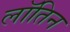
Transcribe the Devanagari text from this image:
लॉतिन